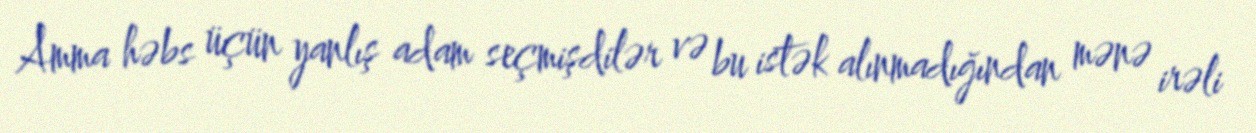
Amma həbs üçün yanlış adam seçmişdilər və bu istək alınmadığından mənə irəli